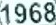
1968